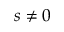
s \neq 0